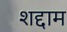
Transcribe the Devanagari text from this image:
शद्दाम